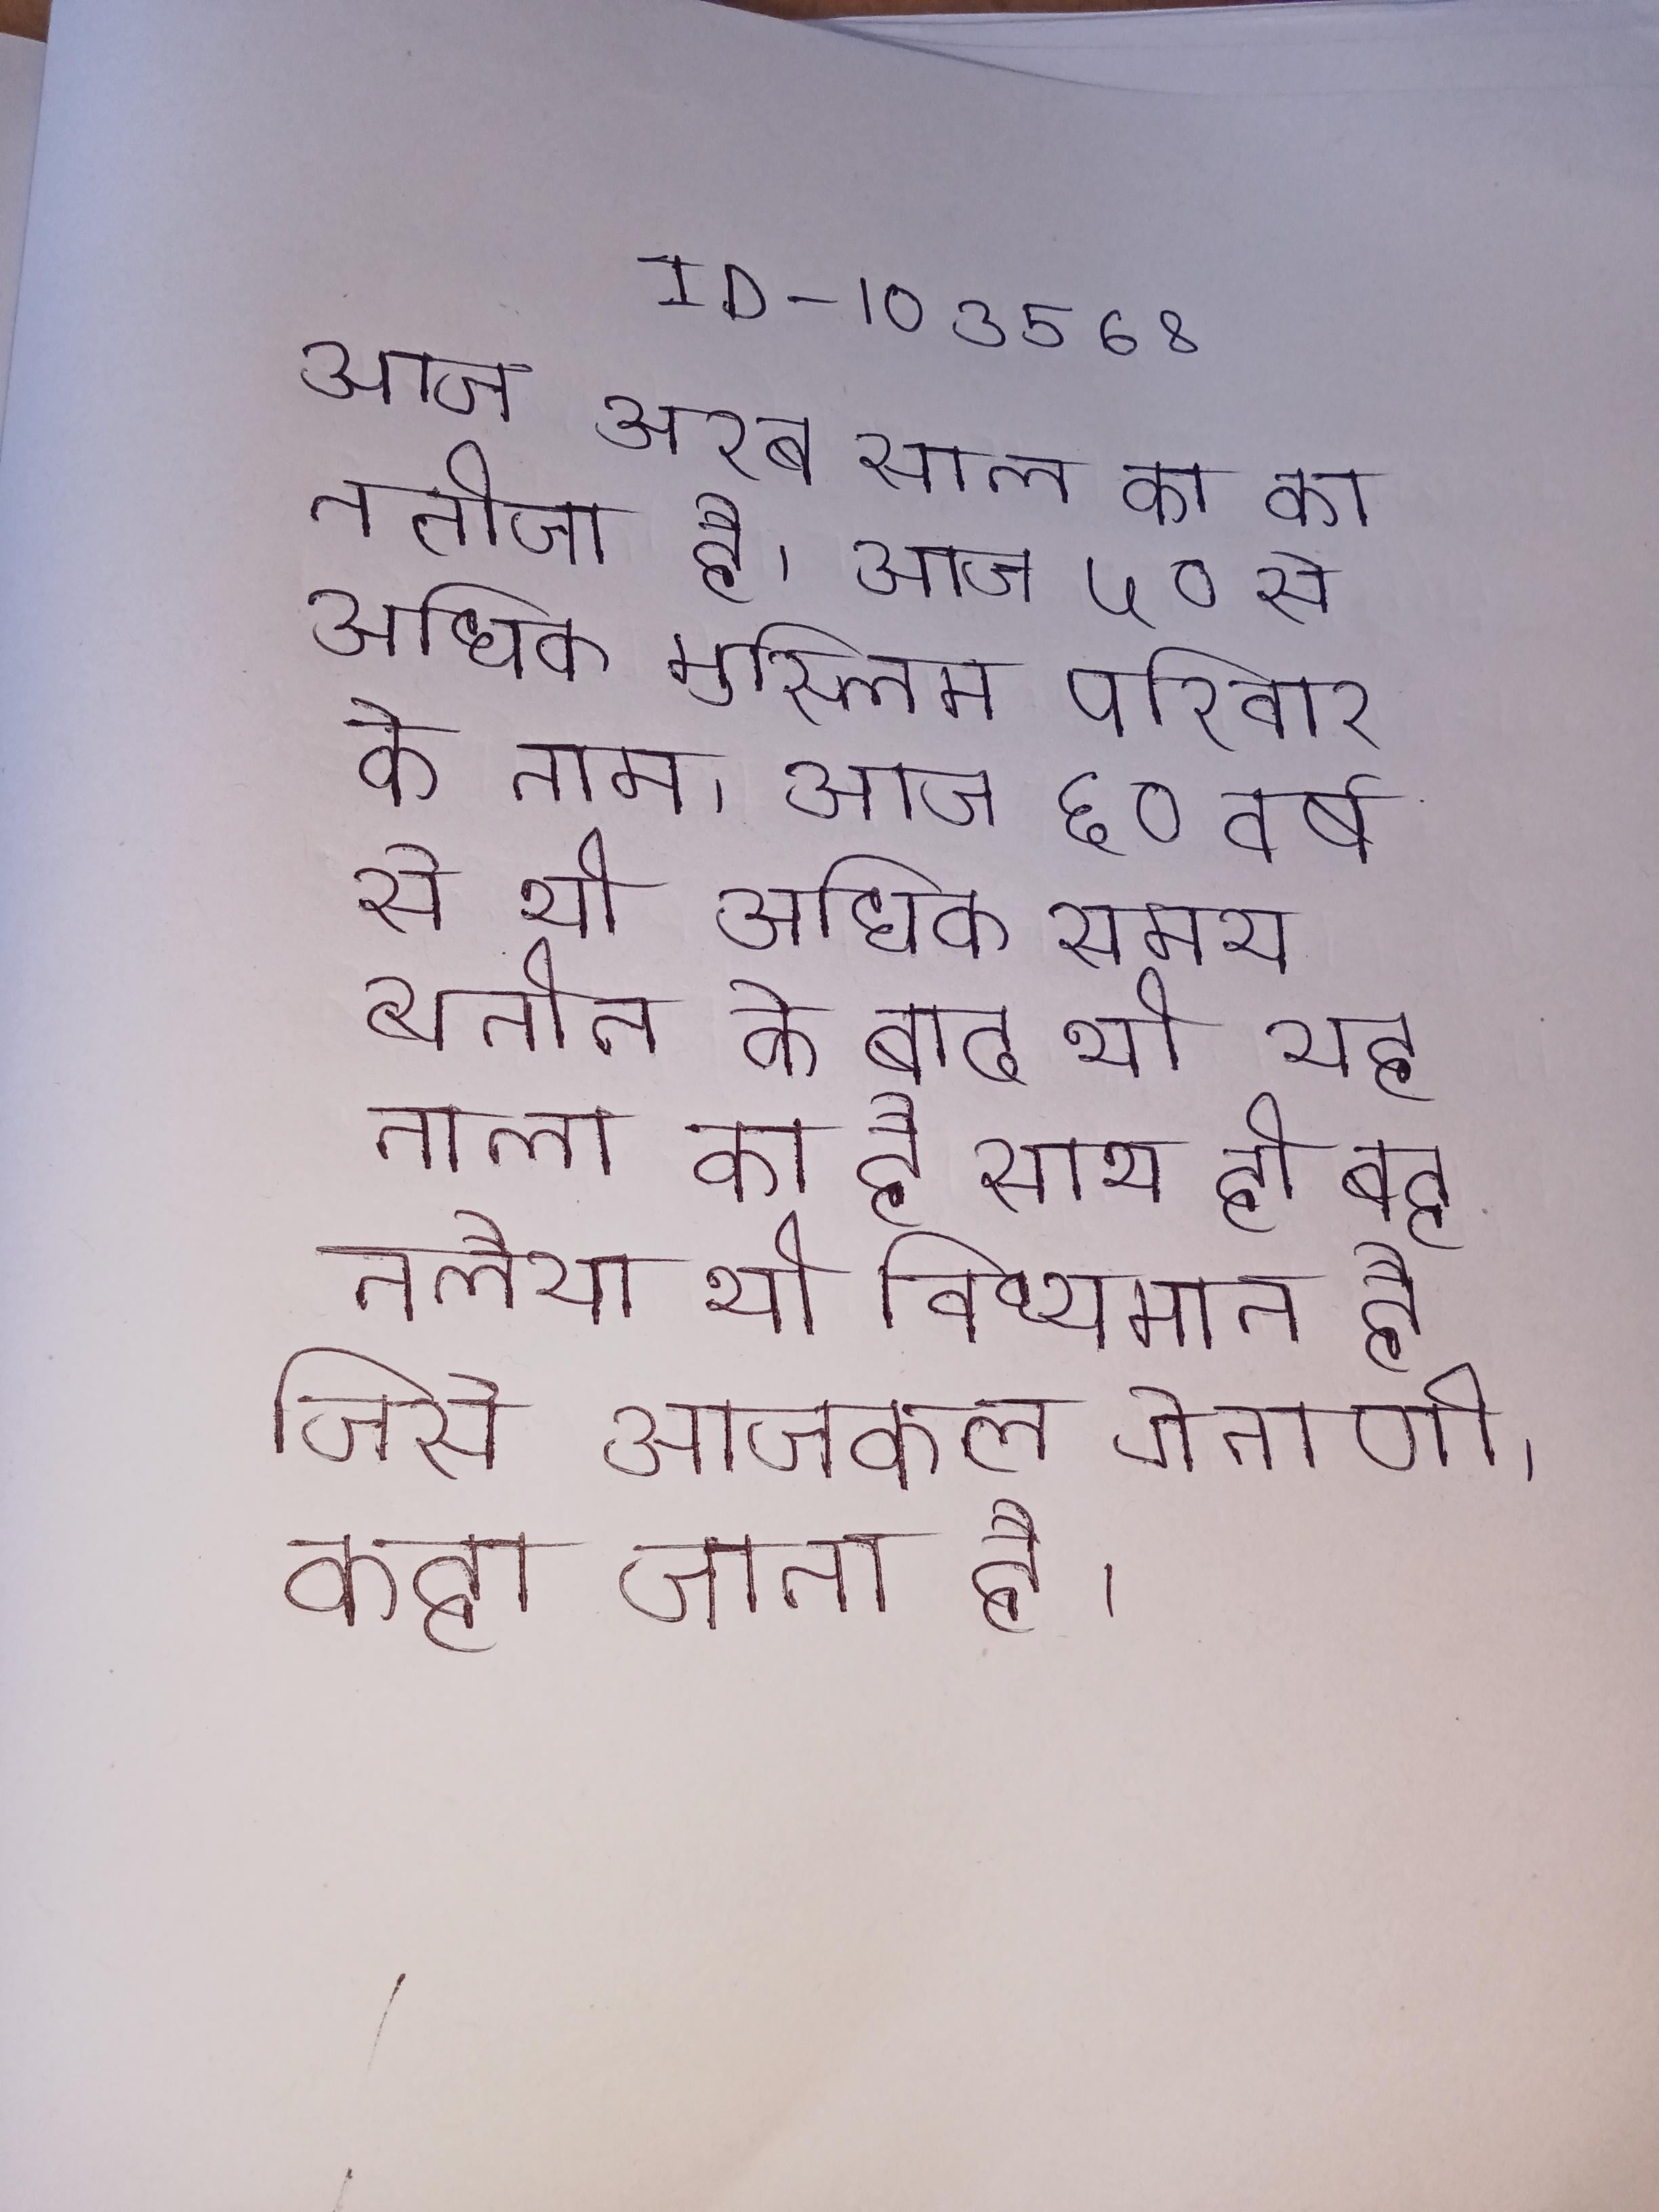
आज अरब साल का का नतीजा है . आज ५० से अधिक मुस्लिम परिवार के नाम । आज ६० वर्ष से भी अधिक समय व्यतीत के बाद भी यह नाला का है साथ ही बह तलैया भी विध्यमान है जिसे आजकल गेनाणी कहा जाता है ।